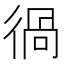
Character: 𰐵